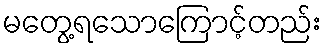
မတွေ့ရသောကြောင့်တည်း